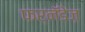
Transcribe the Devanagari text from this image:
फर्नॅंडेज़